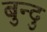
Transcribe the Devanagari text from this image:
बुन्दु